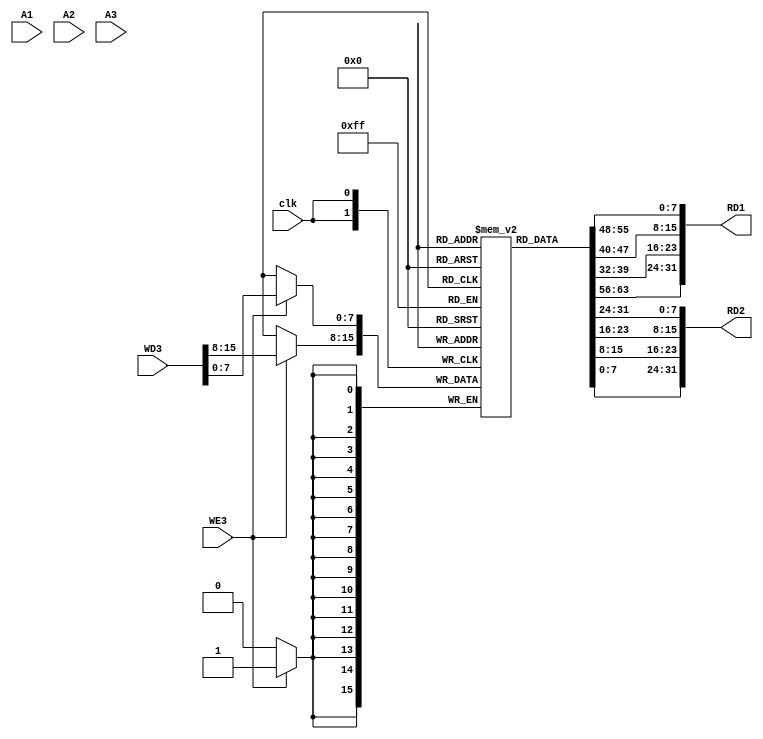
module Memory(A1, A2, A3, WD3, RD1, RD2, WE3, clk);
 parameter D = 1;
 input WE3, clk;
 input [31:0] A1, A2, A3, WD3;
 output reg [31:0] RD1, RD2;

 reg [7:0] mem [D-1:0];
 
 always @* begin
  RD1<={mem[A1], mem[A1+1], mem[A1+2], mem[A1+3]};
  RD2<={mem[A2], mem[A2+1], mem[A2+2], mem[A2+3]};
 end

 always @(posedge clk)
  if(WE3==1) {mem[A3], mem[A3+1]}=WD3;

endmodule